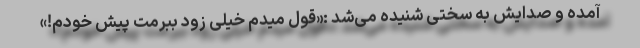
آمده و صدایش به سختی شنیده می‌شد :«قول میدم خیلی زود ببرمت پیش خودم!»